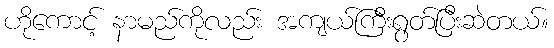
ဟိုကောင့် နာမည်ကိုလည်း အကျယ်ကြီးရွတ်ပြီးဆဲတယ်။